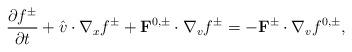
LaTeX: \begin{align*}\frac{\partial f^\pm}{\partial t}+\hat{v}\cdot\nabla_x f^\pm+\mathbf F^{0,\pm}\cdot\nabla_vf^\pm=-\mathbf F^{\pm}\cdot\nabla_vf^{0,\pm},\end{align*}